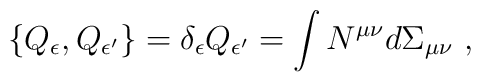
\{Q_\epsilon,Q_{\epsilon'}\}=\delta_\epsilon Q_{\epsilon'}=\int N^{\mu\nu} d\Sigma_{\mu\nu}\ ,